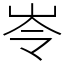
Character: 岺